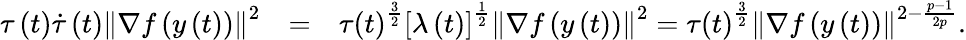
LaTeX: \begin{array}{rlr}{\tau\left(t\right)\dot{\tau}\left(t\right)\left\lVert\nabla f\left(y\left(t\right)\right)\right\rVert^{2}}&{=}&{\tau\left(t\right)^{\frac{3}{2}}\left[\lambda\left(t\right)\right]^{\frac{1}{2}}\left\lVert\nabla f\left(y\left(t\right)\right)\right\rVert^{2}=\tau\left(t\right)^{\frac{3}{2}}\left\lVert\nabla f\left(y\left(t\right)\right)\right\rVert^{2-\frac{p-1}{2p}}.}\end{array}